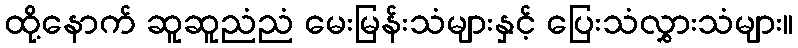
ထို့နောက် ဆူဆူညံညံ မေးမြန်းသံများနှင့် ပြေးသံလွှားသံများ။